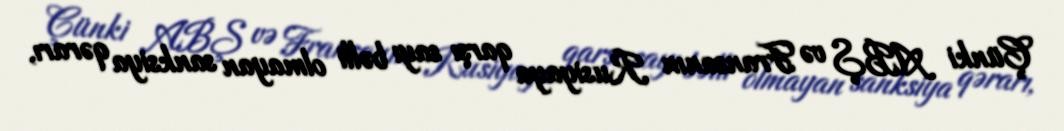
Çünki ABŞ və Fransanın Rusiyaya qarşı sayı bəlli olmayan sanksiya qərarı,